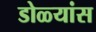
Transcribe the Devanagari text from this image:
डोळ्यांस